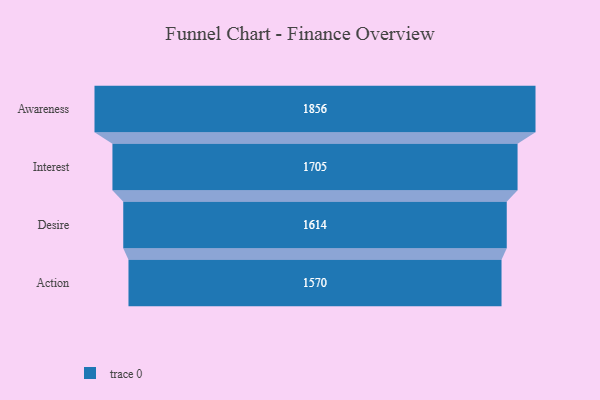
{"axis": {"x": "Stage", "y": "Value"}, "legend": [""], "data": [{"x": "Awareness", "y": 1856.0, "type": ""}, {"x": "Interest", "y": 1705.0, "type": ""}, {"x": "Desire", "y": 1614.0, "type": ""}, {"x": "Action", "y": 1570.0, "type": ""}]}